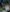
من